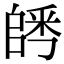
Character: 𨺀